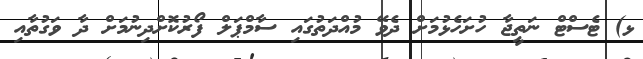
ޅ) ޓެސްޓް ނަތީޖާ ހުށަހެޅުމަށް ދެވޭ މުއްދަތުގައި ސާމްޕަލް ފޯރުކޮށްދިނުމަށް ދާ ވަގުތާއި